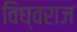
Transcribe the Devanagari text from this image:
विघ्वराज